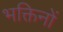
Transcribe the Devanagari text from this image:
भक्तिनों